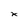
Character: x